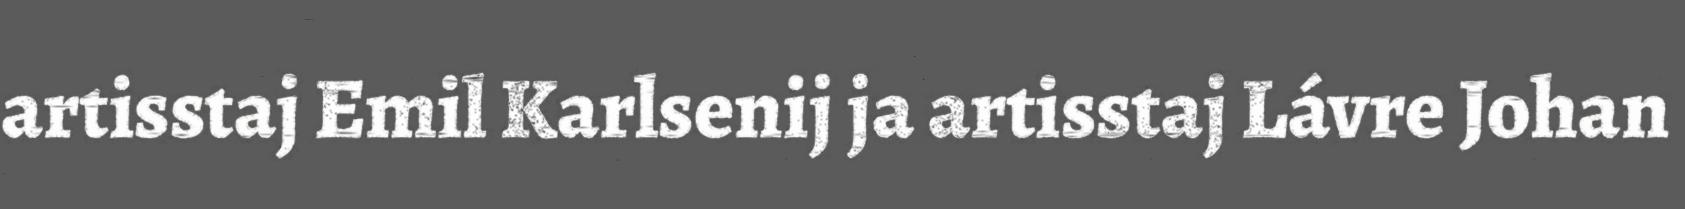
artisstaj Emil Karlsenij ja artisstaj Lávre Johan